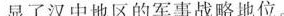
显了汉中地区的军事战略地位。